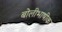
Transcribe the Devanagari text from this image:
बोलीभाषीक